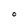
Character: 0